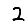
Digit: 2